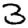
Digit: 3